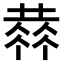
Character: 𠍳